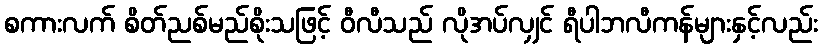
စကားလက် စိတ်ညစ်မည်စိုးသဖြင့် ဝီလီသည် လိုအပ်လျှင် ရီပါဘလီကန်များနှင့်လည်း